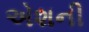
એશની